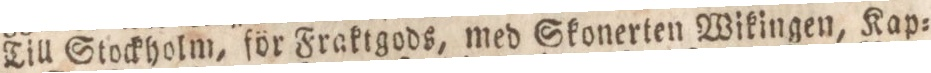
Till Stockholm, för Fraktgods, med Skonerten Wikingen, Kap=